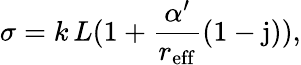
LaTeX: \sigma=k\, L(1+\frac{\alpha^{\prime}}{r_{\mathrm{eff}}}(1-\mathrm{j})),